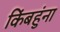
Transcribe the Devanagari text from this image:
किंबहुंना